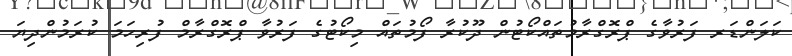
ކަލަންޑަރ ފަރުވާގެ ޕްރޮގްރާމުތައްކޯޓުން ދޫކުރާ ފޯމުތައް މިކޯޓުގެ ފަރުވާ ޕްރޮގްރާމް ފުރިހަމަ ކުރަމުންދިޔަ